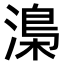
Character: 𣻏